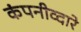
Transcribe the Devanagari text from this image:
कंपनीव्दारे